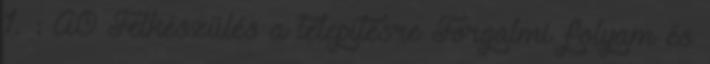
1. : A0 Felkészülés a telepítésre Forgalmi folyam és